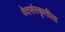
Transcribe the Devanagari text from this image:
वेदसंस्कृतीला